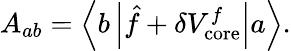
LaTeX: A_{ab}=\left\langle b\left|\hat{f}+\delta V_{\mathrm{core}}^{f}\right|a\right\rangle.